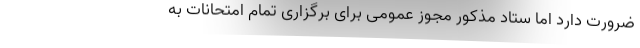
ضرورت دارد اما ستاد مذکور مجوز عمومی برای برگزاری تمام امتحانات به